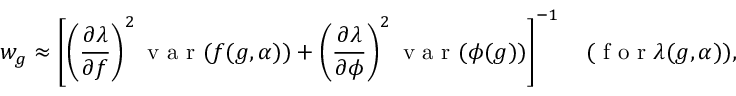
w _ { g } \approx \left[ \left( \frac { \partial \lambda } { \partial f } \right) ^ { 2 } \mathrm { ~ v ~ a ~ r ~ } ( f ( g , \alpha ) ) + \left( \frac { \partial \lambda } { \partial \phi } \right) ^ { 2 } \mathrm { ~ v ~ a ~ r ~ } ( \phi ( g ) ) \right] ^ { - 1 } \quad ( \mathrm { ~ f ~ o ~ r ~ } \lambda ( g , \alpha ) ) ,